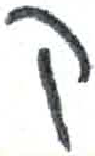
אות: ק